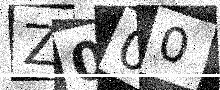
Text: Z000